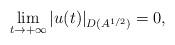
LaTeX: \begin{align*}\lim_{t\to +\infty}|u(t)|_{D(A^{1/2})}=0,\end{align*}